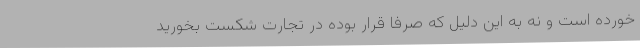
خورده است و نه به این دلیل که صرفا قرار بوده در تجارت شکست بخورید